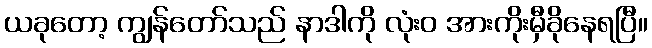
ယခုတော့ ကျွန်တော်သည် နာဒါကို လုံးဝ အားကိုးမှီခိုနေရပြီ။